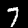
Label: 7